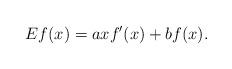
LaTeX: \begin{align*} Ef(x)=axf'(x)+bf(x). \end{align*}